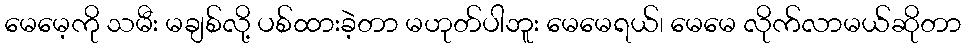
မေမေ့ကို သမီး မချစ်လို့ ပစ်ထားခဲ့တာ မဟုတ်ပါဘူး မေမေရယ်၊ မေမေ လိုက်လာမယ်ဆိုတာ